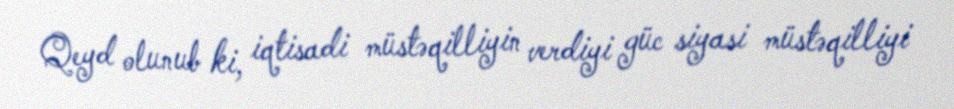
Qeyd olunub ki, iqtisadi müstəqilliyin verdiyi güc siyasi müstəqilliyi